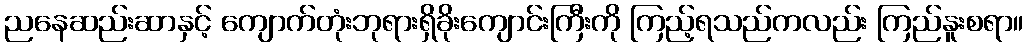
ညနေဆည်းဆာနှင့် ကျောက်တုံးဘုရားရှိခိုးကျောင်းကြီးကို ကြည့်ရသည်ကလည်း ကြည်နူးစရာ။